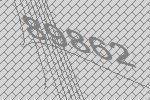
89862